On kala azar, malaria and malarial cachexia - Number 19
Disease focus: Malaria
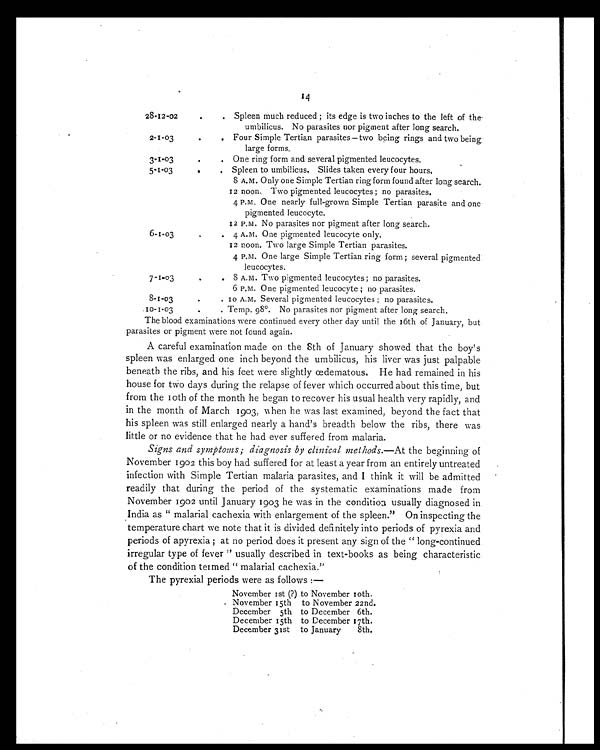
14
28-12-02
.
. Spleen much reduced ; its edge is two inches to the left of the-
umbilicus. No parasites nor pigment after long search.
2-1-03
.
. Four Simple Tertian parasites—two being rings and two being.
large forms.
3-1-03
.
. One ring form and several pigmented leucocytes.
5-1-03
.
. Spleen to umbilicus. Slides taken every four hours.
8 A.M. Only one Simple Tertian ring form found after long search.
12 noon. Two pigmented leucocytes ; no parasites.
4 P.M. One nearly full-grown Simple Tertian parasite and one
pigmented leucocyte.
12 P.M. No parasites nor pigment after long search.
6-1-03
.
. 4 A.M. One pigmented leucocyte only.
12 noon. Two large Simple Tertian parasites.
4 P.m. One large Simple Tertian ring form ; several pigmented
leucocytes.
7 - 1 . 0 3
.
. 8 A.M. Two pigmented leucocytes ; no parasites.
6 P.M. One pigmented leucocyte ; no parasites.
8 - 1 - 0 3
.
. 10 A.M. Several pigmented leucocytes ; no parasites.
10-1-03
.
. Temp. 98°. No parasites nor pigment after long search.
The blood examinations were continued every other day until the 16th of January, but
parasites or pigment were not found again.
A careful examination made o n the 8th of January showed that the boy's
spleen was enlarged one inch beyond the umbilicus, his liver was just palpable
beneath the ribs, and his feet were slightly œdematous, He had remained in his
house for two days during the relapse of fever which occurred about this time, but
from the 10th of the month he began to recover his usual health very rapidly, and
in the month of March 1903, when he was last examined, beyond the fact that
his spleen was still enlarged nearly a hand's breadth below the ribs, there was
little or no evidence that he had ever suffered from malaria.
Signs and symptoms ; diagnosis by clinical methods.—At the beginning of
November 1902 this boy had suffered for at least a year from an entirely untreated
infection with Simple Tertian malaria parasites, and I think it will be admitted
readily that during the period of the systematic examinations made from
November 1902 until January 1903 he was in the condition usually diagnosed in
India as " malarial cachexia with enlargement of the spleen." On inspecting the
temperature chart we note that it is divided definitely into periods of pyrexia and
periods of apyrexia ; at no period does it present any sign of the " long-continued
irregular type of fever " usually described in text-books as being characteristic
of the condition termed " malarial cachexia."
The pyrexial periods were as follows :—
N ovember 1st (?) to November 10th.
November 15th to November 22nd.
December 5th to December 6th.
December 15th to December 17th.
December 31st to January
8th.